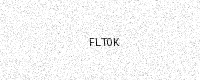
Text: FLT0K